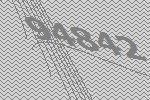
94842